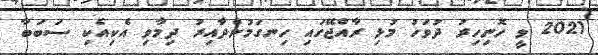
2021 ވީ ހޮނިހިރު ދުވަހު މުޅި ރާއްޖޭގައި ހިނގަމުންދާއިރު ދިމާވި އެކިއެކި ސަބަބާ